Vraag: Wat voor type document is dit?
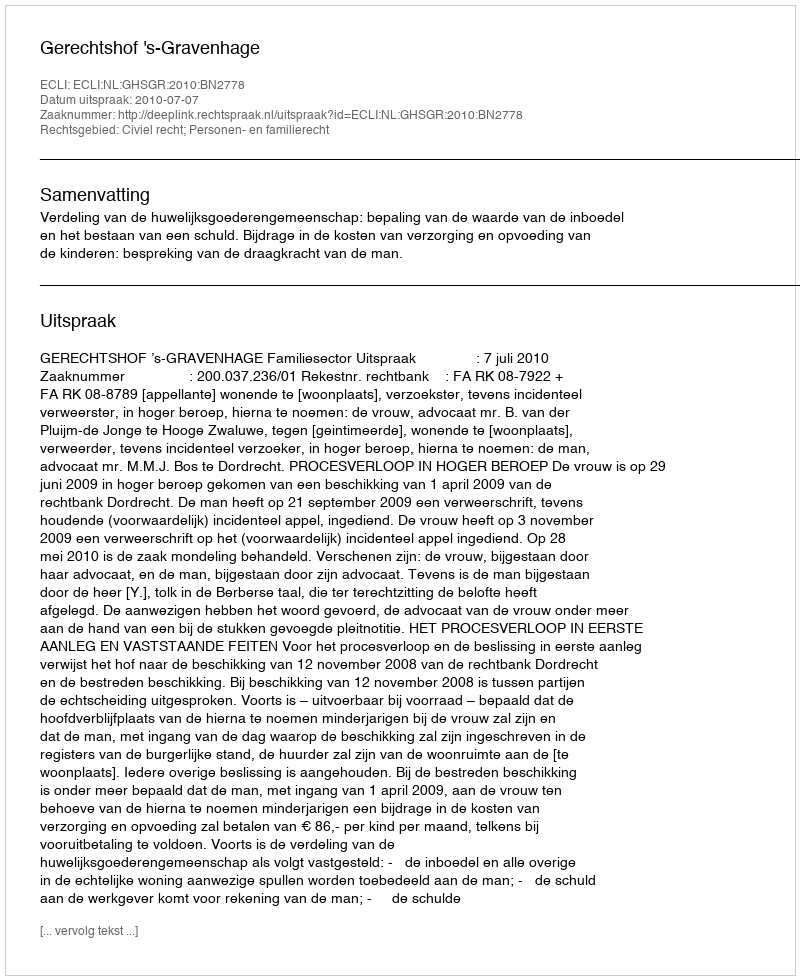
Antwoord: Uitspraak